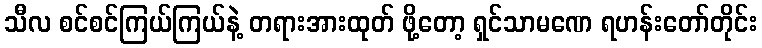
သီလ စင်စင်ကြယ်ကြယ်နဲ့ တရားအားထုတ် ဖို့တော့ ရှင်သာမဏေ ရဟန်းတော်တိုင်း